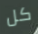
كل